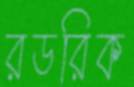
রডরিক